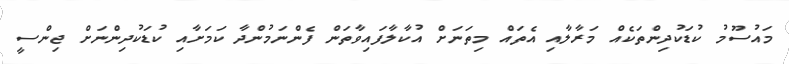
މައުސޫމު ކުޑަކުދިންތަކެއް މަރާލާއި އެތައް މިތަނަށް އުކާލާފައިވާތަން ފެންނަމުންދާ ކަމަށާއި ކުޑަކުދިންނަށް ޖިންސީ